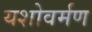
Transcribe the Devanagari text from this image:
यशोवर्मण